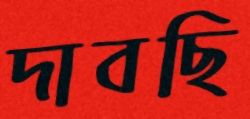
দাবছি